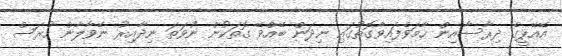
އޭއޭޕީގެ ދިރާސާއިން ހާމަވެފައިވާގޮތުގައި ނިދަން ބޭއްވޭ ގޮތަކުން ނުވަތަ ނިދާއިރު ނޭވާލާން ހުރަސް